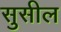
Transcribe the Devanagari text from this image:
सुसील